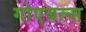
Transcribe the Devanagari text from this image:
गोएबल्स